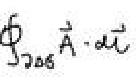
\(\oint_{\partial \Omega} \vec{A} \cdot d \vec{l}\)